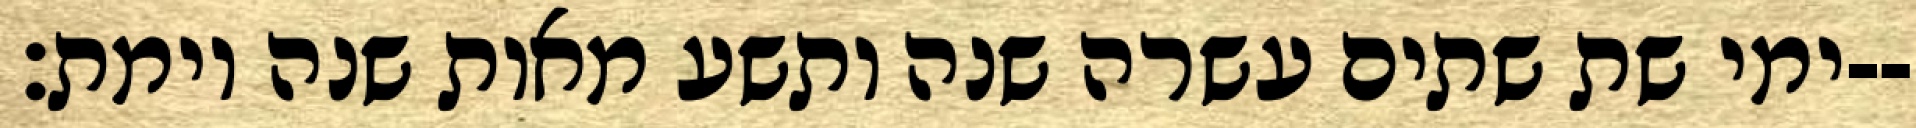
ימי שת שתים עשרה שנה ותשע מאות שנה וימת׃--